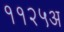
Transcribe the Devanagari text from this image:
११२५अ